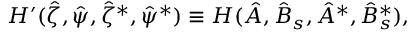
\begin{array} { r } { H ^ { \prime } ( \hat { \zeta } , \hat { \psi } , \hat { \zeta } ^ { * } , \hat { \psi } ^ { * } ) \equiv H ( \hat { A } , \hat { B } _ { s } , \hat { A } ^ { * } , \hat { B } _ { s } ^ { * } ) , } \end{array}